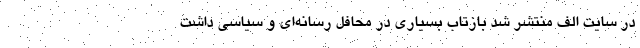
در سایت الف منتشر شد بازتاب بسیاری در محافل رسانه‌ای و سیاسی داشت